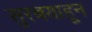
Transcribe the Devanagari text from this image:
सुरबयाहून